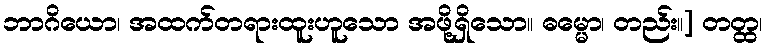
ဘာဂိယော၊ အထက်တရားထူးဟူသော အဖို့ရှိသော။ ဓမ္မော၊ တည်း။] တတ္ထ၊